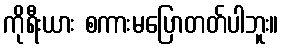
ကိုရီးယား စကားမပြောတတ်ပါဘူး။